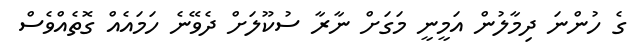
ގެ ހުންނަ ދިމާލުން އަމީނީ މަގަށް ނާރާ ސުކޫލަށް ދެވޭނެ ހަމައެއް ގޮތެއްވެސް